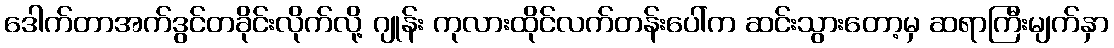
ဒေါက်တာအက်ဒွင်တခိုင်းလိုက်လို့ ဂျုန်း ကုလားထိုင်လက်တန်းပေါ်က ဆင်းသွားတော့မှ ဆရာကြီးမျက်နှာ